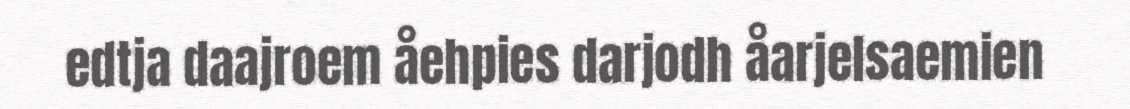
edtja daajroem åehpies darjodh åarjelsaemien